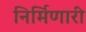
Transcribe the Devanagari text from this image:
निर्मिणारी